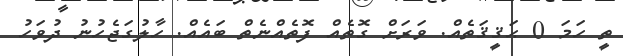
ތީ ހަމަ 0 ޙަޤީޤަތެއް. ވަރަށް ގޮތެއް ފޮތެއްނެތް ބައެއް. ހާލުގަޖެހުނު ދުވަހު